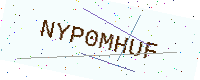
Text: NYP0MHUF